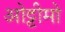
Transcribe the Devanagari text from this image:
ओट्टीमो